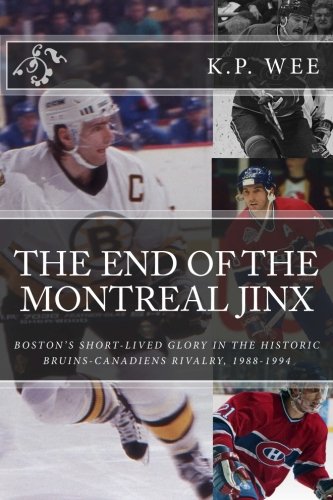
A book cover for The End of the Montreal Jinx: Boston's Short-Lived Glory in the Historic Bruins-Canadiens Rivalry, 1988-1994; K.P. Wee; Sports & Outdoors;